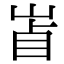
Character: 𡷚